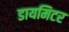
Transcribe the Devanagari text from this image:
डायमिटर